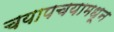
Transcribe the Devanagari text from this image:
चयापचयामधून